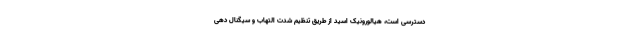
دسترسی است، هیالورونیک اسید از طریق تنظیم شدت التهاب و سیگنال دهی